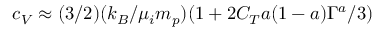
c _ { V } \approx ( 3 / 2 ) ( k _ { B } / \mu _ { i } m _ { p } ) ( 1 + 2 C _ { T } a ( 1 - a ) \Gamma ^ { a } / 3 )